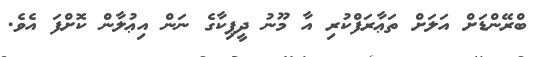
ބްރޭންޑަށް އަލަށް ތަޢާރަފްކުރި އާ މޫނު ދީޕިކާގެ ނަން އިޢުލާން ކޮށްފަ އެވެ.